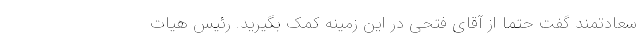
سعادتمند گفت حتما از آقای فتحی در این زمینه کمک بگیرید. رئیس هیات